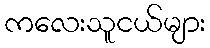
ကလေးသူငယ်များ